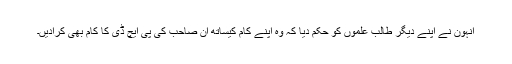
انہون نے اپنے دیگر طالب علموں کو حکم دیا کہ وہ اپنے کام کیساتھ ان صاحب کی پی ایچ ڈی کا کام بھی کرادیں۔